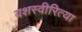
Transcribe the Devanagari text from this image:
यशस्‍वीरित्‍या